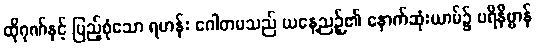
ထိုဂုဏ်နှင့် ပြည့်စုံသော ရဟန်း ဂေါတမသည် ယနေ့ညဉ့်၏ နောက်ဆုံးယာမ်၌ ပရိနိဗ္ဗာန်